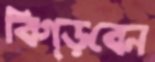
বিগ্‌ড়বেন